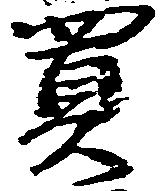
買